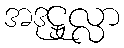
အဒုဋ္ဌုလ္လာ